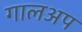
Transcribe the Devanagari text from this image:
गालअप